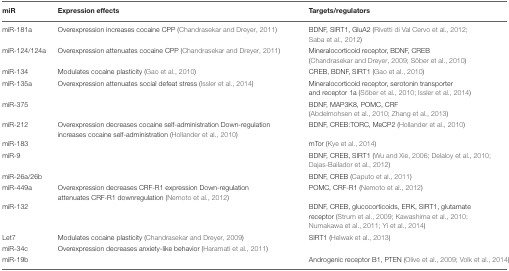
<table><thead><tr><td><b>miR</b></td><td><b>Expression effects</b></td><td><b>Targets/regulators</b></td></tr></thead><tbody><tr><td>miR-181a</td><td>Overexpression increases cocaine CPP (Chandrasekar and Dreyer, 2011)</td><td>BDNF, SIRT1, GluA2 (Rivetti di Val Cervo et al., 2012; Saba et al., 2012)</td></tr><tr><td>miR-124/124a</td><td>Overexpression attenuates cocaine CPP (Chandrasekar and Dreyer, 2011)</td><td>Mineralocorticoid receptor, BDNF, CREB (Chandrasekar and Dreyer, 2009; Sõber et al., 2010)</td></tr><tr><td>miR-134</td><td>Modulates cocaine plasticity (Gao et al., 2010)</td><td>CREB, BDNF, SIRT1 (Gao et al., 2010)</td></tr><tr><td>miR-135a</td><td>Overexpression attenuates social defeat stress (Issler et al., 2014)</td><td>Mineralocorticoid receptor, serotonin transporter and receptor 1a (Sõber et al., 2010; Issler et al., 2014)</td></tr><tr><td>miR-375</td><td></td><td>BDNF, MAP3K8, POMC, CRF (Abdelmohsen et al., 2010; Zhang et al., 2013)</td></tr><tr><td>miR-212</td><td>Overexpression decreases cocaine self-administration Down-regulation increases cocaine self-administration (Hollander et al., 2010)</td><td>BDNF, CREB:TORC, MeCP2 (Hollander et al., 2010)</td></tr><tr><td>miR-183</td><td></td><td>mTor (Kye et al., 2014)</td></tr><tr><td>miR-9</td><td></td><td>BDNF, CREB, SIRT1 (Wu and Xie, 2006; Delaloy et al., 2010; Dajas-Bailador et al., 2012)</td></tr><tr><td>miR-26a/26b</td><td></td><td>BDNF, CREB (Caputo et al., 2011)</td></tr><tr><td>miR-449a</td><td>Overexpression decreases CRF-R1 expression Down-regulation attenuates CRF-R1 downregulation (Nemoto et al., 2012)</td><td>POMC, CRF-R1 (Nemoto et al., 2012)</td></tr><tr><td>miR-132</td><td></td><td>BDNF, CREB, glucocorticoids, ERK, SIRT1, glutamate receptor (Strum et al., 2009; Kawashima et al., 2010; Numakawa et al., 2011; Yi et al., 2014)</td></tr><tr><td>Let7</td><td>Modulates cocaine plasticity (Chandrasekar and Dreyer, 2009)</td><td>SIRT1 (Helwak et al., 2013)</td></tr><tr><td>miR-34c</td><td>Overexpression decreases anxiety-like behavior (Haramati et al., 2011)</td></tr><tr><td>miR-19b</td><td></td><td>Androgenic receptor B1, PTEN (Olive et al., 2009; Volk et al., 2014)</td></tr></tbody></table>